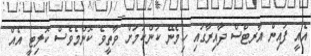
އެއީ ފައިން އާރޓްސް ދާއިރާގައި ހިމެނޭ ކަންކަމަށް ވާތީވެ ކޮންމެވެސް ކޮލިޓީ އެއް